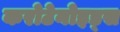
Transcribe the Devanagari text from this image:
करोटेनोइड्स